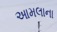
આમલાના